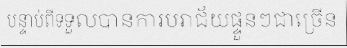
បន្ទាប់ពីទទួលបានការបរាជ័យផ្ទួនៗជាច្រើន